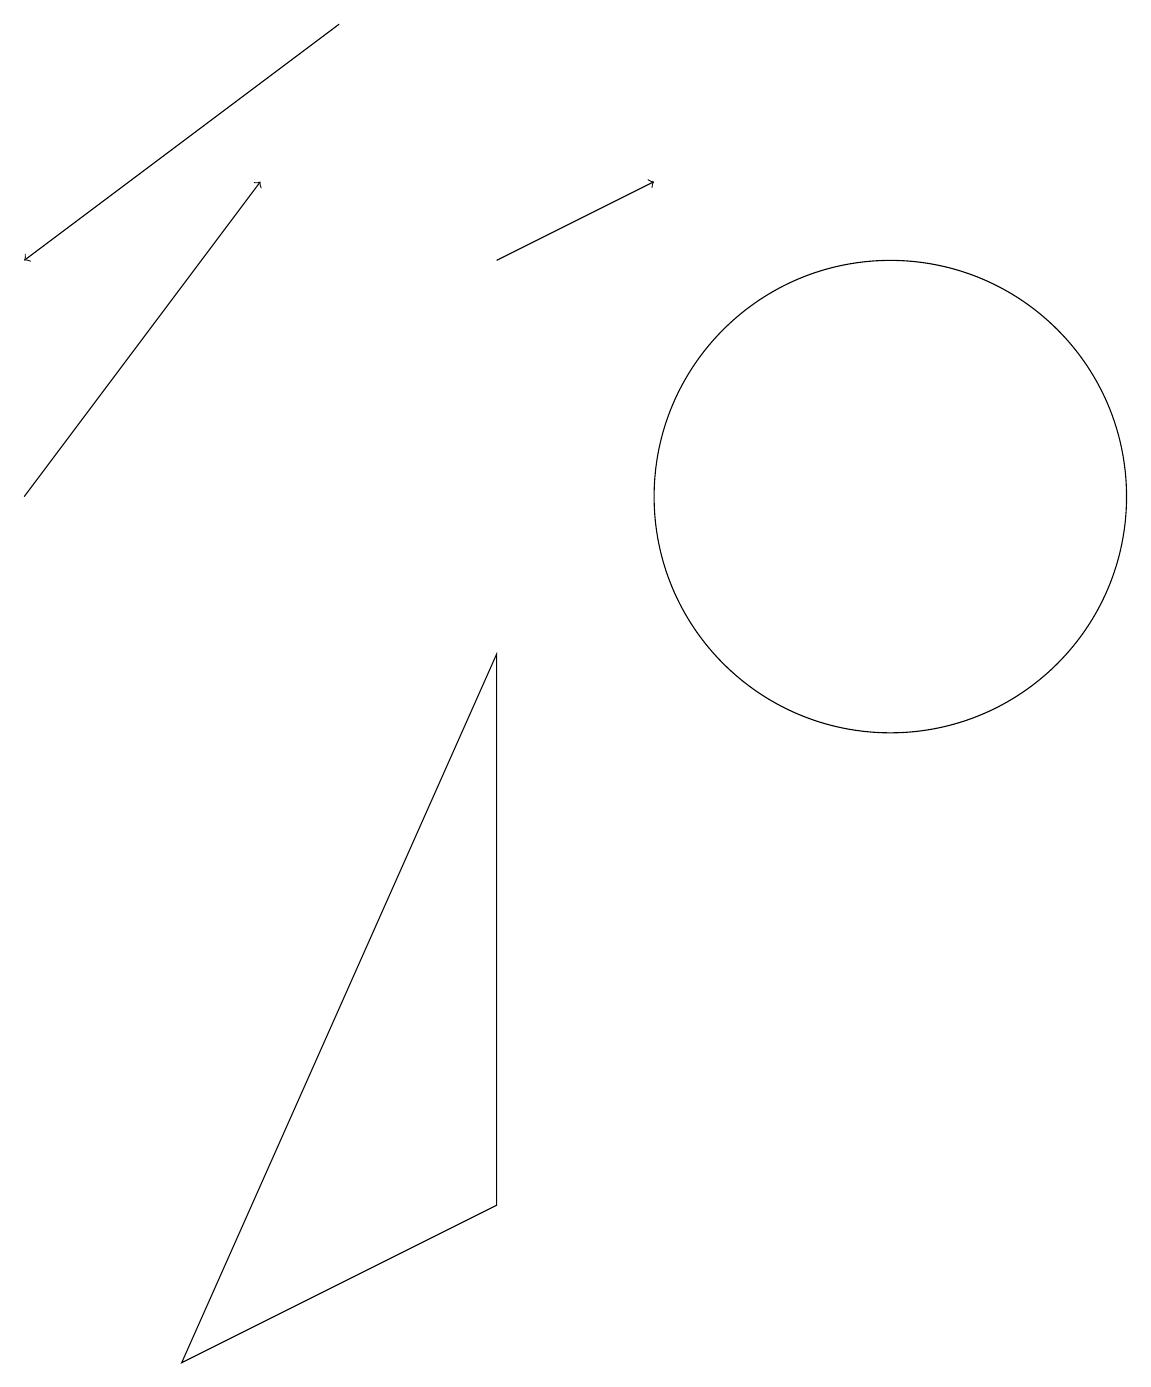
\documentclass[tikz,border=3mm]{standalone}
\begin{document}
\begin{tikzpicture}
\draw[->] (5,17) -- (1,14);
\draw (12,11) circle (3);
\draw[->] (1,11) -- (4,15);
\draw[->] (7,14) -- (9,15);
\draw (7,2) -- (7,9) -- (3,0) -- cycle;
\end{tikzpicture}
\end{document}